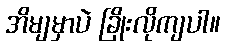
အိမျမှာပဲ ခြိုးလိုကျပါ။